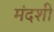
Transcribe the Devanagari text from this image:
मंदशी